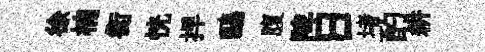
徐楠衡恍捍鷗腹陴日堵酌耕